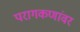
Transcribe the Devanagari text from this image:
परागकणांवर